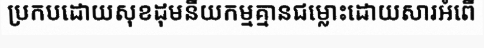
ប្រកបដោយសុខដុមនីយកម្មគ្មានជម្លោះដោយសារអំពើ